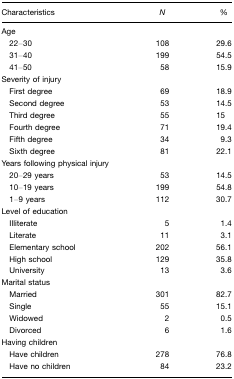
<table><thead><tr><td><b>Characteristics</b></td><td><b><i>N</i></b></td><td><b>%</b></td></tr></thead><tbody><tr><td>Age</td><td></td><td></td></tr><tr><td> 22–30</td><td>108</td><td>29.6</td></tr><tr><td> 31–40</td><td>199</td><td>54.5</td></tr><tr><td> 41–50</td><td>58</td><td>15.9</td></tr><tr><td>Severity of injury</td><td></td><td></td></tr><tr><td> First degree</td><td>69</td><td>18.9</td></tr><tr><td> Second degree</td><td>53</td><td>14.5</td></tr><tr><td> Third degree</td><td>55</td><td>15</td></tr><tr><td> Fourth degree</td><td>71</td><td>19.4</td></tr><tr><td> Fifth degree</td><td>34</td><td>9.3</td></tr><tr><td> Sixth degree</td><td>81</td><td>22.1</td></tr><tr><td>Years following physical injury</td><td></td><td></td></tr><tr><td> 20–29 years</td><td>53</td><td>14.5</td></tr><tr><td> 10–19 years</td><td>199</td><td>54.8</td></tr><tr><td> 1–9 years</td><td>112</td><td>30.7</td></tr><tr><td>Level of education</td><td></td><td></td></tr><tr><td> Illiterate</td><td>5</td><td>1.4</td></tr><tr><td> Literate</td><td>11</td><td>3.1</td></tr><tr><td> Elementary school</td><td>202</td><td>56.1</td></tr><tr><td> High school</td><td>129</td><td>35.8</td></tr><tr><td> University</td><td>13</td><td>3.6</td></tr><tr><td>Marital status</td><td></td><td></td></tr><tr><td> Married</td><td>301</td><td>82.7</td></tr><tr><td> Single</td><td>55</td><td>15.1</td></tr><tr><td> Widowed</td><td>2</td><td>0.5</td></tr><tr><td> Divorced</td><td>6</td><td>1.6</td></tr><tr><td>Having children</td><td></td><td></td></tr><tr><td> Have children</td><td>278</td><td>76.8</td></tr><tr><td> Have no children</td><td>84</td><td>23.2</td></tr></tbody></table>